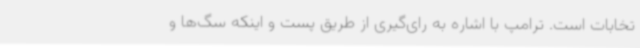
تخابات است. ترامپ با اشاره به رای‌گیری از طریق پست و اینکه سگ‌ها و